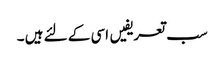
سب تعریفیں اسی کے لئے ہیں ۔